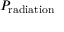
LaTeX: P _ { \mathrm { r a d i a t i o n } }